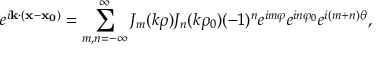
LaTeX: e ^ { i { \bf k } \cdot ( { \bf x } - { \bf x _ { 0 } } ) } = \sum _ { m , n = - \infty } ^ { \infty } J _ { m } ( k \rho ) J _ { n } ( k \rho _ { 0 } ) ( - 1 ) ^ { n } e ^ { i m \varphi } e ^ { i n \varphi _ { 0 } } e ^ { i ( m + n ) \theta } ,